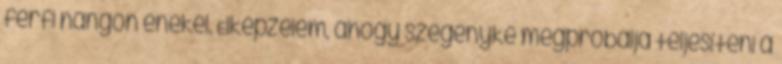
férfi hangon énekel. Elképzelem, ahogy szegényke megpróbálja teljesíteni a